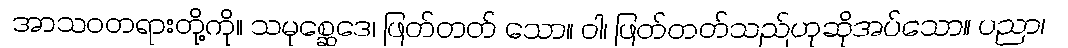
အာသဝတရားတို့ကို။ သမုစ္ဆေဒေ၊ ဖြတ်တတ် သော။ ဝါ၊ ဖြတ်တတ်သည်ဟုဆိုအပ်သော။ ပညာ၊